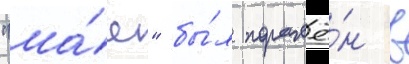
"ма́я" бы́л поражё́н в